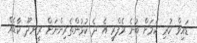
ޑައިވް ކުރި ކަމަށް ބުނެ ރެފްރީ އެ ދެ ކުޅުންތެރިންނަށް ރީނދޫ ކާޑެއް